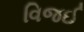
વિજઈ